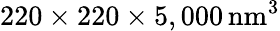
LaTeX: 220\times 220\times 5,000\, \mathrm{{nm^{3}}}